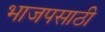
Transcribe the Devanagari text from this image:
भाजपसाठी